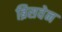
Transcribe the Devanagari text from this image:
ब्रिसवेन